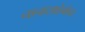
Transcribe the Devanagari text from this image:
नानासाहेबांवर